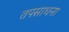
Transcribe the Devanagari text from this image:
तपसाधना